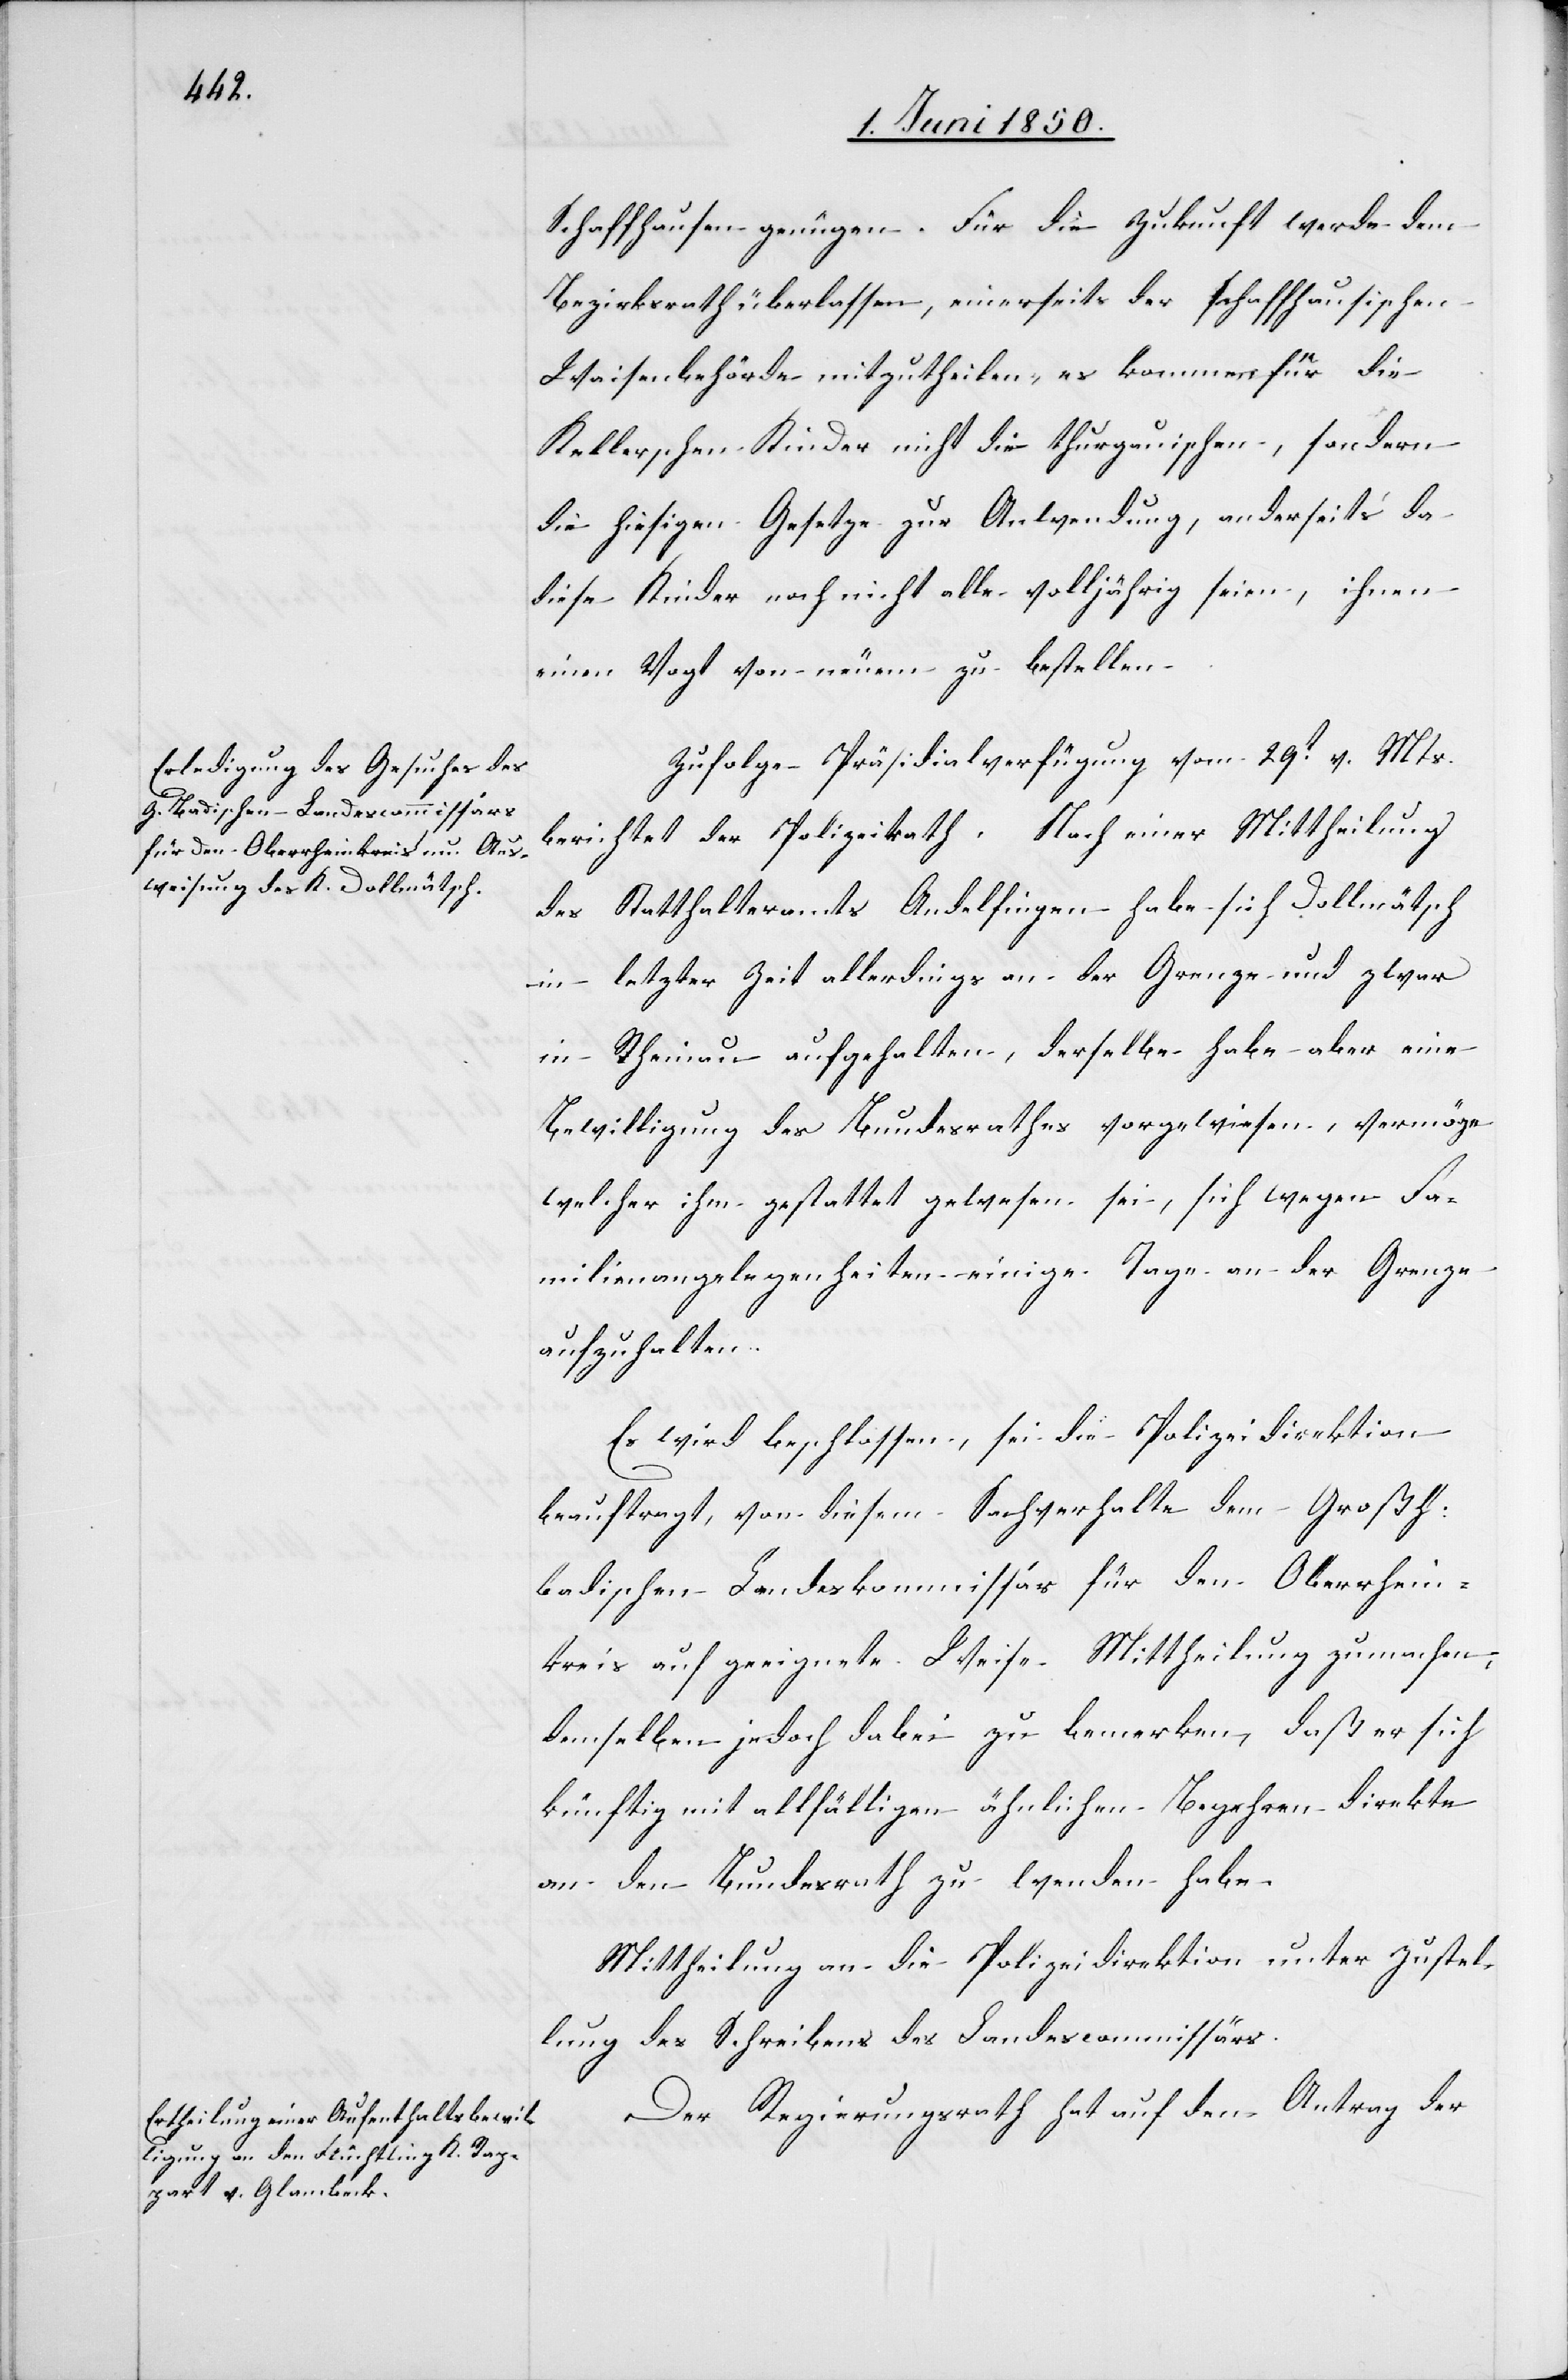
Schaffhausen genügen. Für die Zukunft werde dem
Bezirksrath überlassen, einerseits der schaffhausischen
Waisenbehörde mitzutheilen, es kommen für die
Kellerschen Kinder nicht die thurgauischen, sondern
die hiesigen Gesetze zur Anwendung, anderseits da
diese Kinder noch nicht alle volljährig seien, ihnen
einen Vogt von neuem zu bestellen.
Zufolge Präsidialverfügung vom 29t v. Mts.
berichtet der Polizeirath, Nach einer Mittheilung
des Statthalteramts Andelfingen habe sich Dollmätsch
in letzter Zeit allerdings an der Grenze und zwar
in Rheinau aufgehalten, derselbe habe aber eine
Bewilligung des Bundesrathes vorgewiesen, vermöge
welcher ihm gestattet gewesen sei, sich wegen Fa¬
milienangelegenheiten einige Tage an der Grenze
aufzuhalten.
Es wird beschlossen, sei die Polizeidirektion
beauftragt, von diesem Sachverhalte dem Großh:
badischen Landeskommissär für den Oberrhein¬
kreis auf geeignete Weise Mittheilung zu machen,
demselben jedoch dabei zu bemerken, daß er sich
künftig mit allfälligen ähnlichen Begehren direkte
an den Bundesrath zu wenden habe.
Mittheilung an die Polizeidirektion unter Zustel¬
lung des Schreibens des Landescommissärs.
Der Regierungsrath hat auf den Antrag der